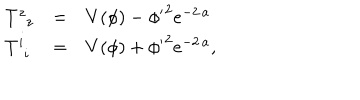
\left. \begin{array} { l c l } { { T _ { \; \; z } ^ { z } } } & { { = } } & { { V ( \phi ) - { { { { { \phi ^ { \prime } } } ^ { 2 } } } { { e ^ { - 2 \, a } } } } } } \\ { { T _ { \; \, i } ^ { i } } } & { { = } } & { { V ( \phi ) + { { { { { \phi ^ { \prime } } } ^ { 2 } } } { { e ^ { - 2 \, a } } } } , } } \\ \end{array} \right.